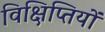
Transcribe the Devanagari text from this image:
विक्षिप्तियों